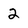
Character: 2